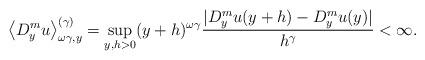
LaTeX: \begin{align*}\left\langle D_{y}^{m}u\right\rangle _{\omega\gamma,y}^{(\gamma)}=\sup_{y,h>0}(y+h)^{\omega\gamma}\frac{|D_{y}^{m}u(y+h)-D_{y}^{m}u(y)|}{h^{\gamma}}<\infty. \end{align*}